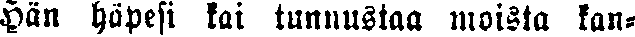
Hän häpesi kai tunnustaa moista kan-